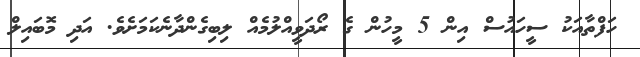
ހަފްތާއަކު ސީހައުސް އިން 5 މީހުން ގެ ރޯދަވީއްލުމެއް ލިބިގެންދާނެކަމަށެވެ. އަދި މޮބައިލް